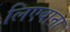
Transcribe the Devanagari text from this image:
लिएबाना